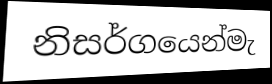
නිසර්ගයෙන්මැ